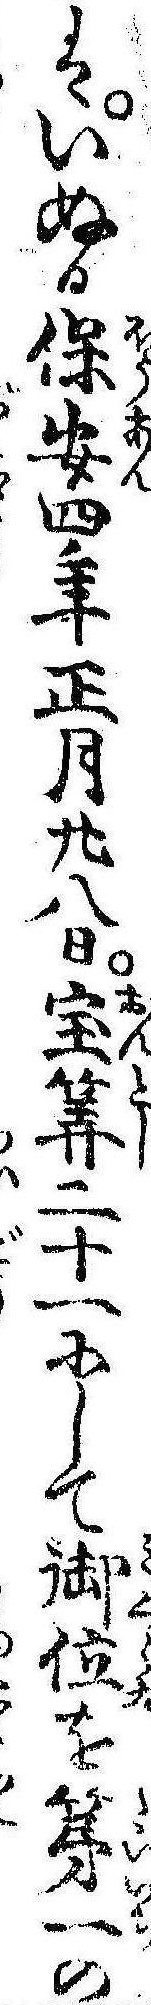
はいぬる保安四年正月廿八日宝算二十一にして御位を第一の